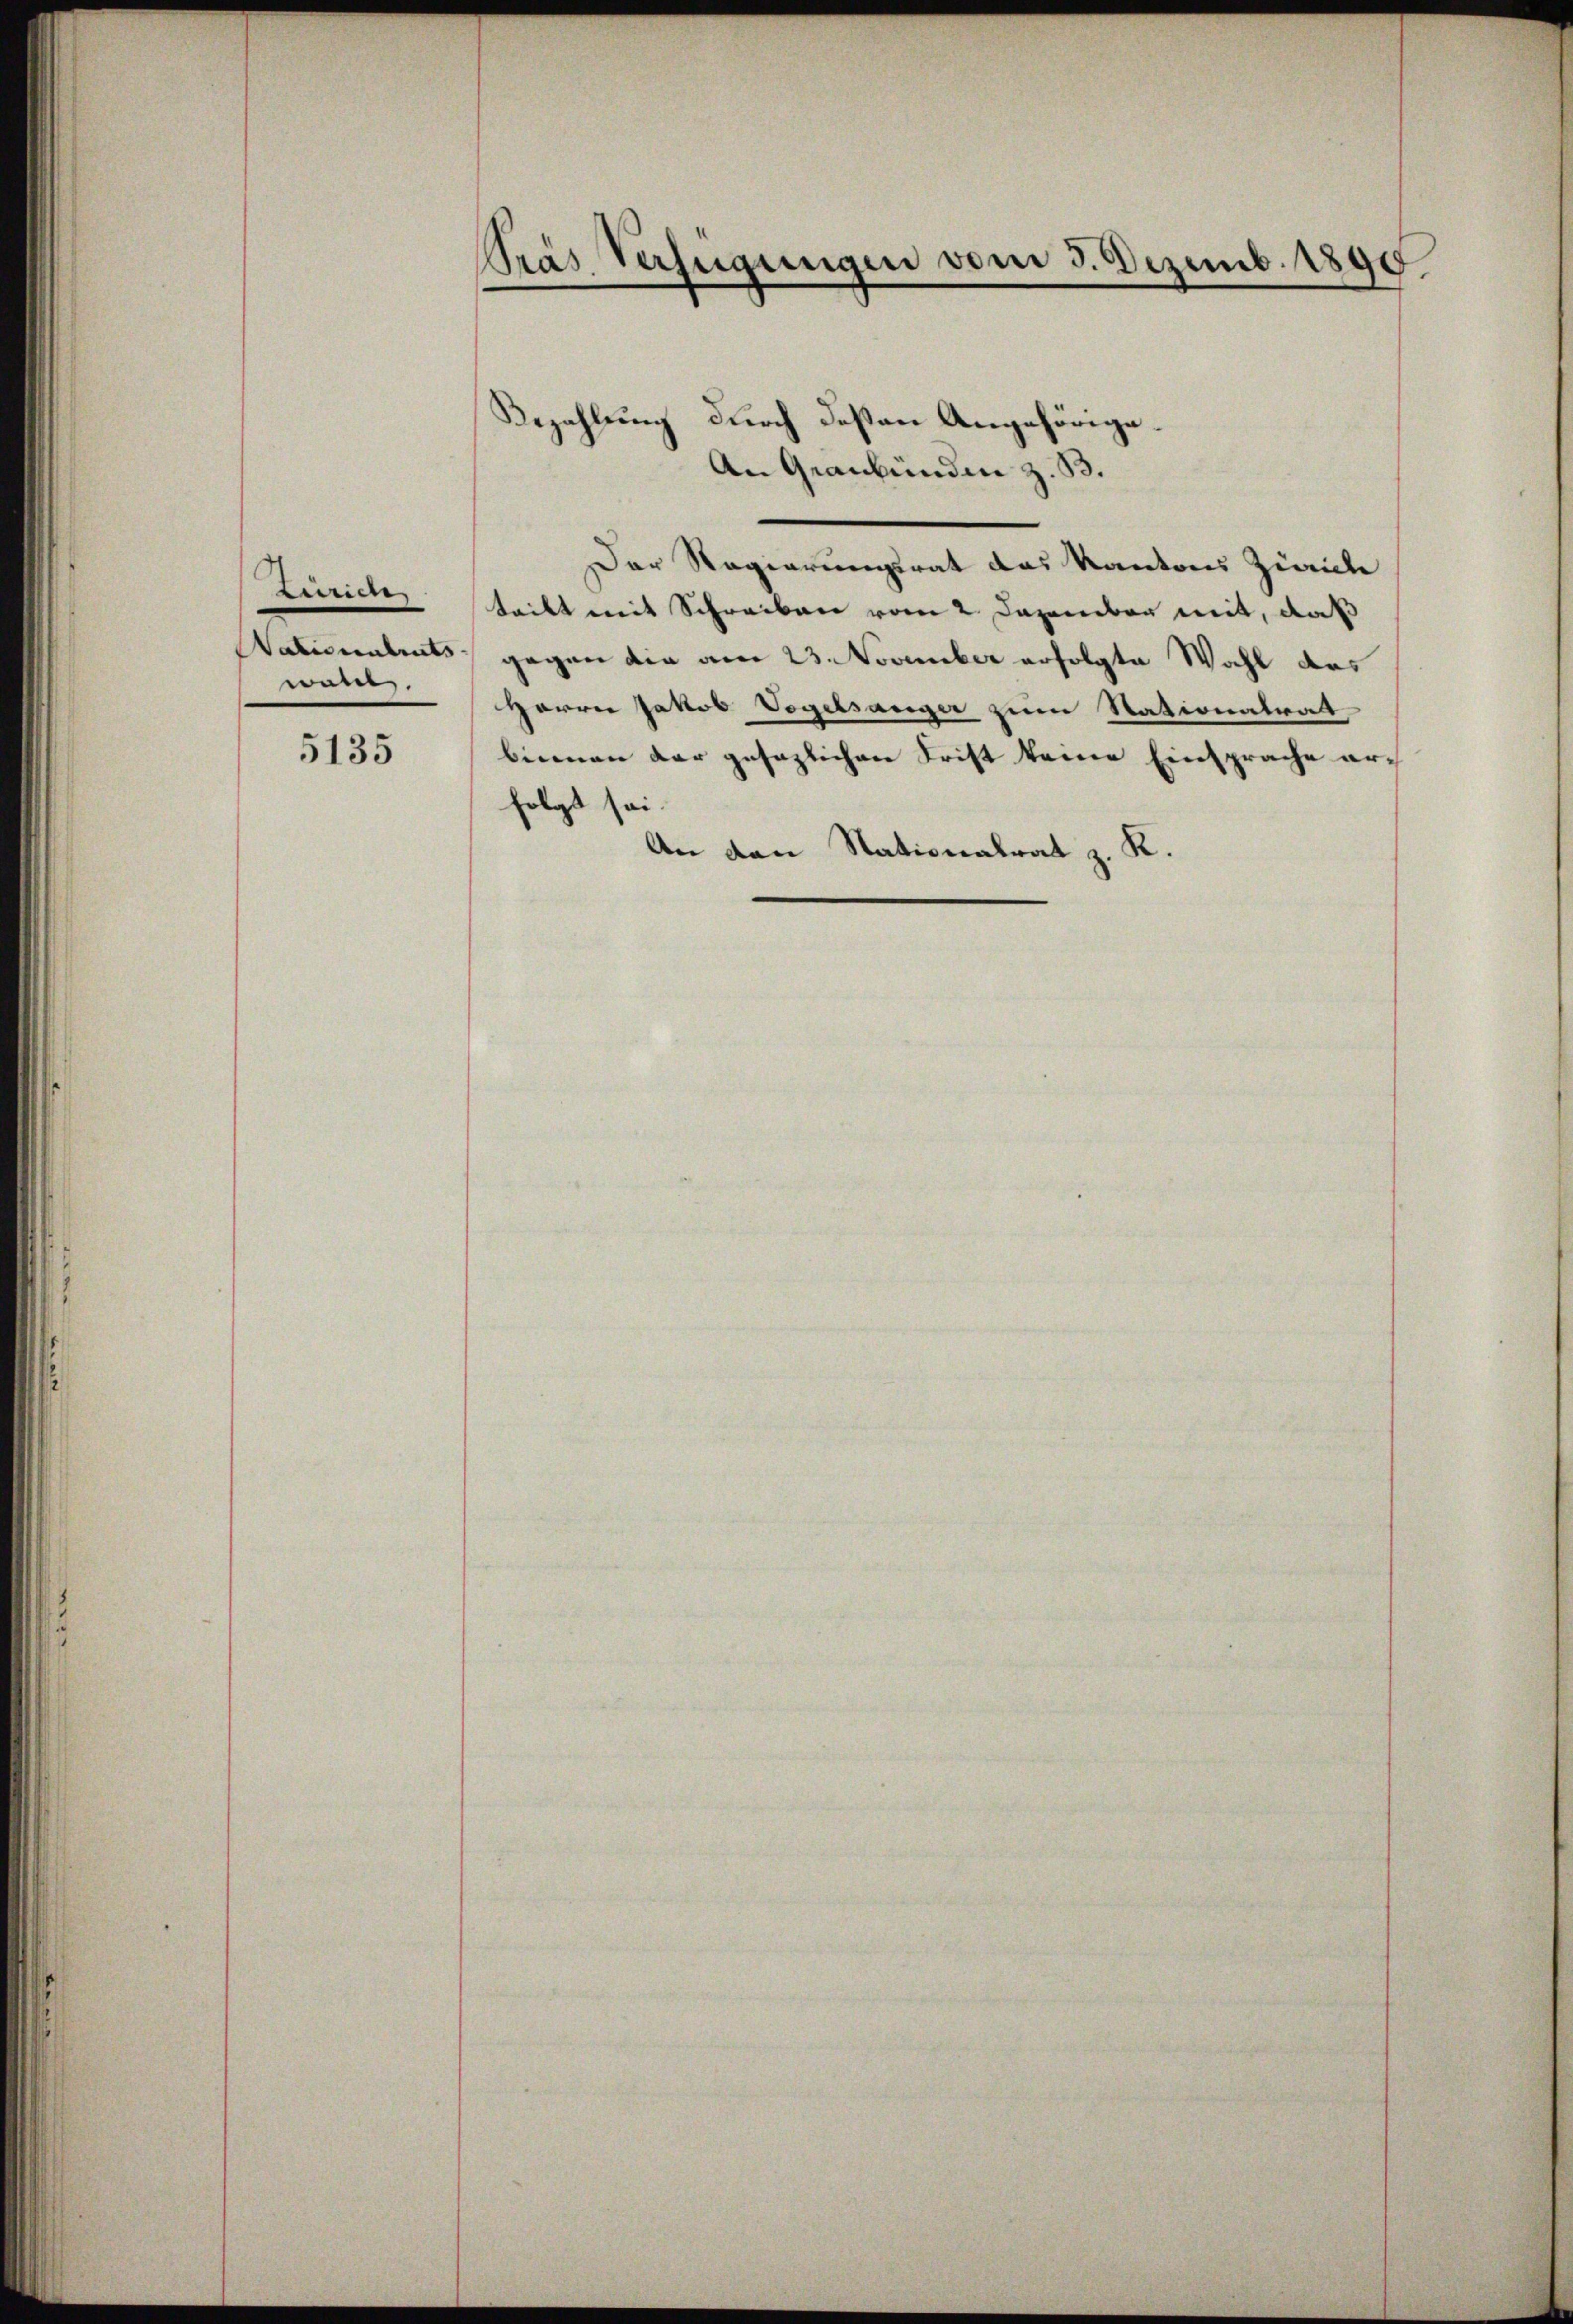
terriere
wall.

5135

Pras Verfügungen vom 3. Dezemb. 1890
g.

Bezahlung durch deßen Angehörige¬
An Graubünden z. B.
Der Regierungsrat das Kantons Zürich
teilt mit Schreiben vom 2. Dezember mit, daß
Satistets gegen die am 23. November erfolgte Wahl des
Herrn Jakob Vogelsanger zum Nationalrat
binnen der gesezlichen Frist keine Einsprache arfolgt sei.
An den Stationalrat z. K.